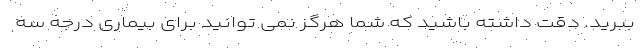
ببرید. دقت داشته باشید که شما هرگز نمی توانید برای بیماری درجه سه